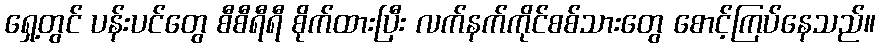
ရှေ့တွင် ပန်းပင်တွေ စီစီရီရီ စိုက်ထားပြီး လက်နက်ကိုင်စစ်သားတွေ စောင့်ကြပ်နေသည်။